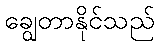
ချွေတာနိုင်သည်